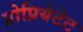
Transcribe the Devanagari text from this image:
प्रोप्रियेटेट